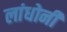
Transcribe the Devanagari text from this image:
लांधोनी